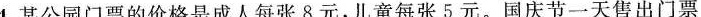
4.某公园门票的价格是成人每张8元，儿童每张5元。国庆节一天售出门票